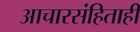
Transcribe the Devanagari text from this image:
आचारसंहिताही